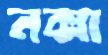
নক্সা